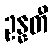
ဥန္နတီ